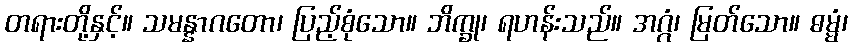
တရားတို့နှင့်။ သမန္နာဂတော၊ ပြည့်စုံသော။ ဘိက္ခု၊ ရဟန်းသည်။ အဂ္ဂံ၊ မြတ်သော။ ဓမ္မံ၊